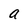
Character: a